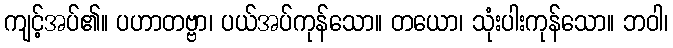
ကျင့်အပ်၏။ ပဟာတဗ္ဗာ၊ ပယ်အပ်ကုန်သော။ တယော၊ သုံးပါးကုန်သော။ ဘဝါ၊